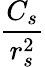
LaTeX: \frac{C_{s}}{r_{s}^{2}}